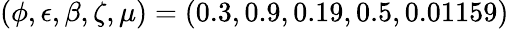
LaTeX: {(\phi,\epsilon,\beta,\zeta,\mu)=(0.3,0.9,0.19,0.5,0.01159)}